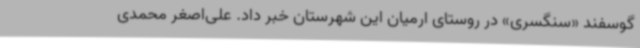
گوسفند «سنگسری» در روستای ارمیان این شهرستان خبر داد. علی‌اصغر محمدی